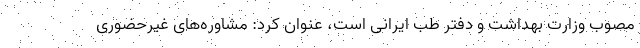
مصوب وزارت بهداشت و دفتر طب ایرانی است، عنوان کرد: مشاوره‌های غیرحضوری